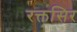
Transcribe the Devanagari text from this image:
रक्तसिर